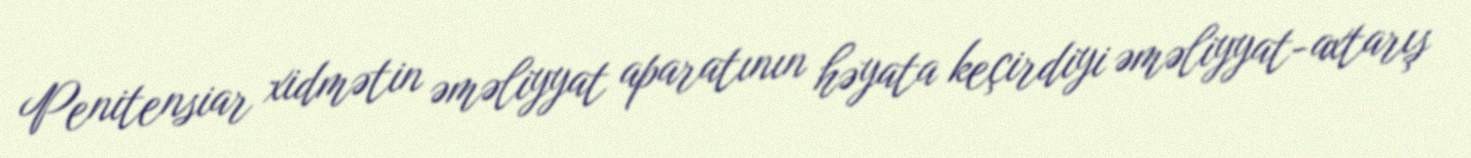
Penitensiar xidmətin əməliyyat aparatının həyata keçirdiyi əməliyyat-axtarış